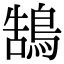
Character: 鵠